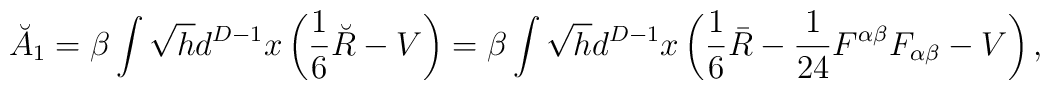
\breve{A}_1=\beta \int \sqrt{h}d^{D-1}x\left(\frac 16 \breve{R}-V\right)=\beta \int \sqrt{h}d^{D-1}x\left(\frac 16 \bar{R}-{1 \over 24}F^{\alpha\beta}F_{\alpha\beta}-V\right),